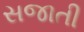
સજાતી